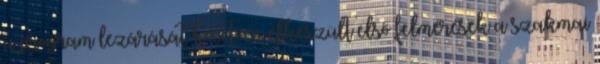
a program lezárását követően elkészült első felmérések a szakmai